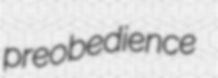
preobedience